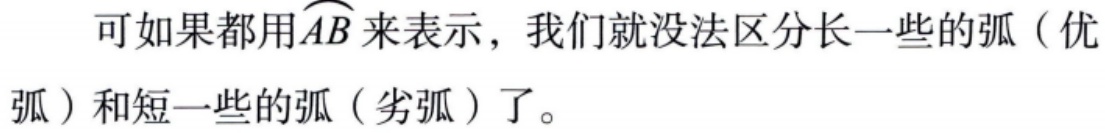
可如果都用\(\overset{\frown}{AB}\)来表示，我们就没法区分长一些的弧（优弧）和短一些的弧（劣弧）了。